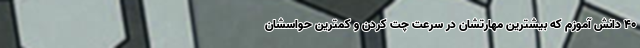
۴۰ دانش آموزم که بیشترین مهارتشان در سرعت چت کردن و کمترین حواسشان